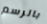
بالرسم